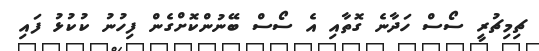
ޗިމިޗުރީ ސޯސް ހަދާނެ ގޮތާއި އެ ސޯސް ބޭނުންކޮށްގެން ފިހުނު ކުކުޅު ފައި